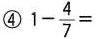
④$$1 - \frac { 4 } { 7 } =$$